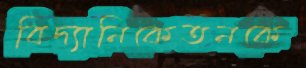
বিদ্যানিকেতনকে